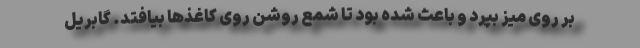
بر روی میز بپرد و باعث شده بود تا شمع روشن روی کاغذها بیافتد. گابریل